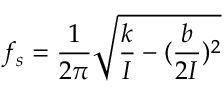
f _ { s } = \frac { 1 } { 2 \pi } \sqrt { \frac { k } { I } - ( \frac { b } { 2 I } ) ^ { 2 } }